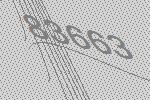
83663